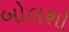
બોલશો